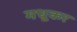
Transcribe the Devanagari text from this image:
मधूकर